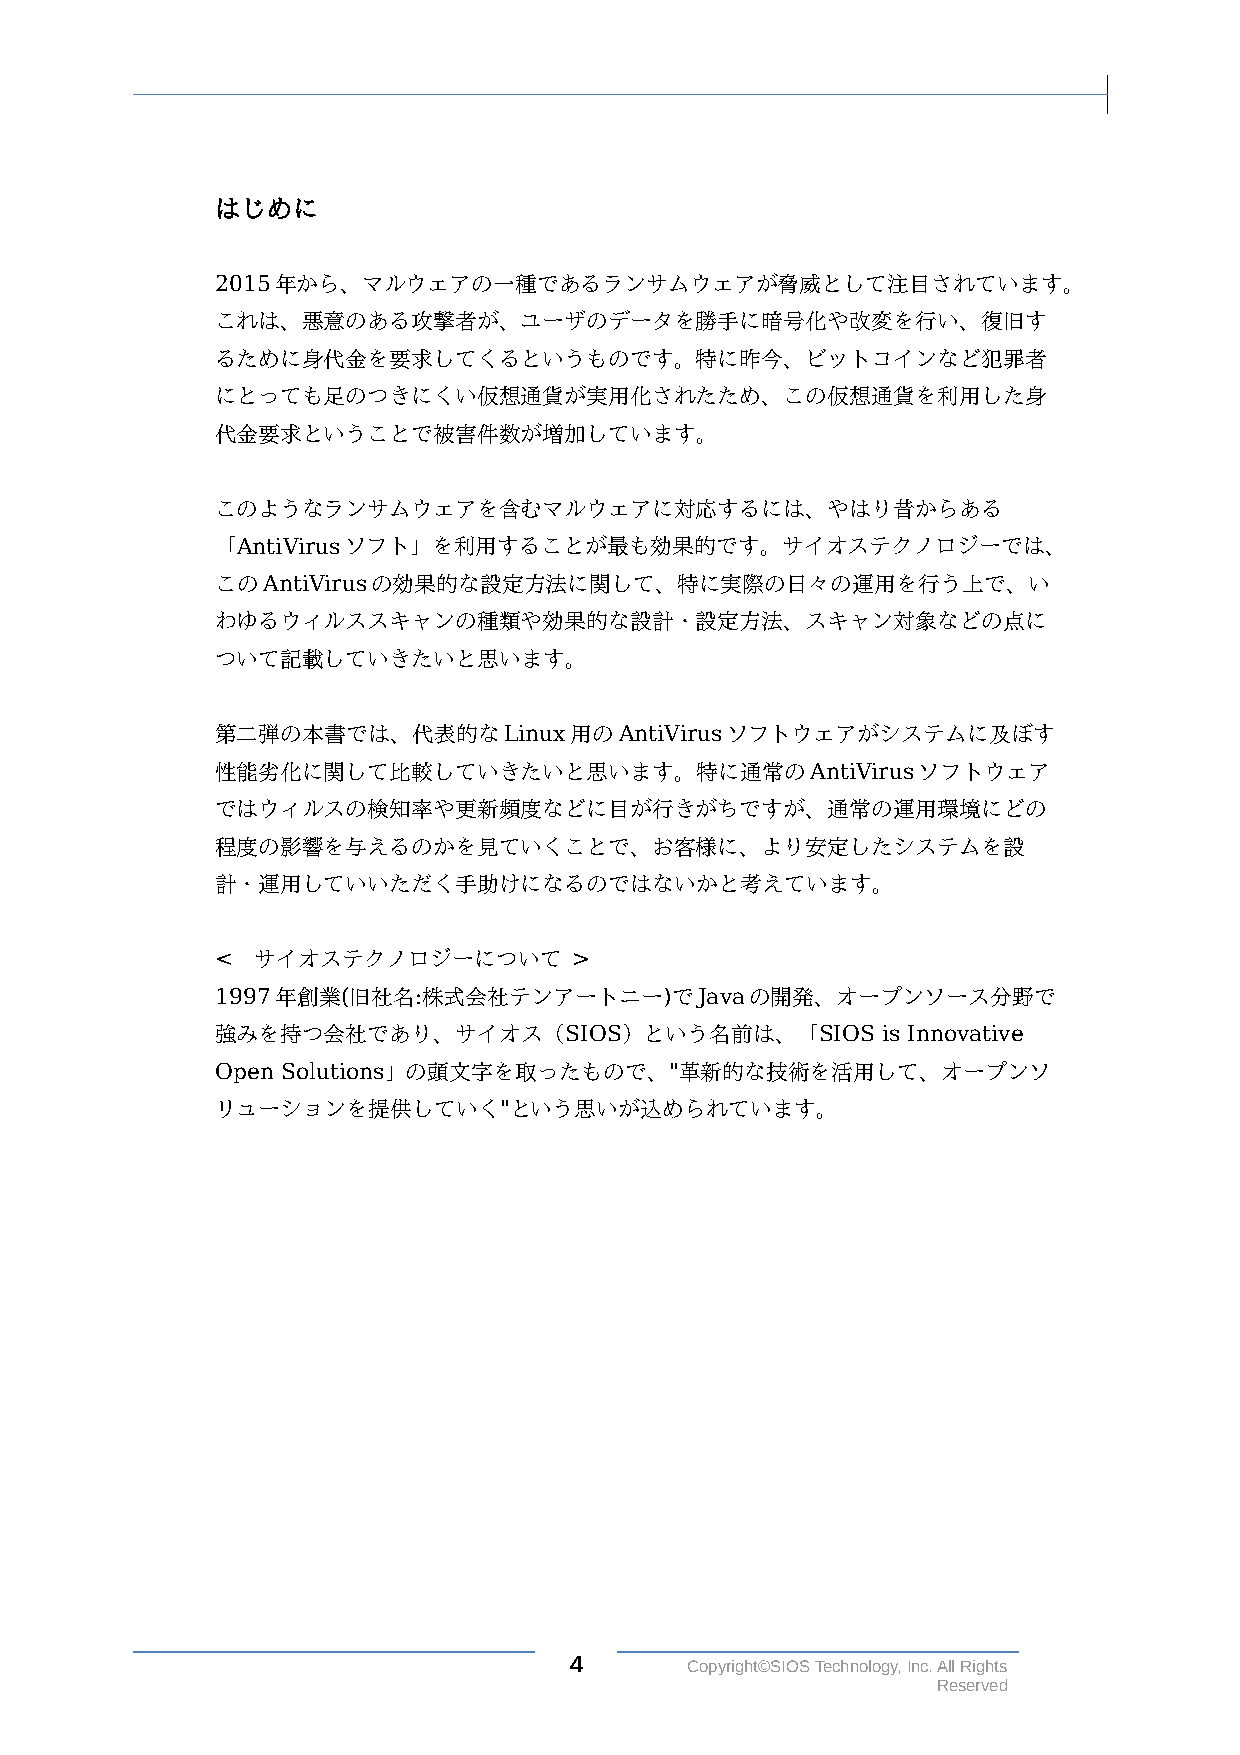
はじめに
 2015年から、マルウェアの一種であるランサムウェアが脅威として注目されています。
 これは、悪意のある攻撃者が、ユーザのデータを勝手に暗号化や改変を行い、復旧す
 るために身代金を要求してくるというものです。特に昨今、ビットコインなど犯罪者
 にとっても足のつきにくい仮想通貨が実用化されたため、この仮想通貨を利用した身
 代金要求ということで被害件数が増加しています。
 このようなランサムウェアを含むマルウェアに対応するには、やはり昔からある
 「AntiVirusソフト」を利用することが最も効果的です。サイオステクノロジーでは、
 このAntiVirusの効果的な設定方法に関して、特に実際の日々の運用を行う上で、い
 わゆるウィルススキャンの種類や効果的な設計・設定方法、スキャン対象などの点に
 ついて記載していきたいと思います。
 第二弾の本書では、代表的なLinux用のAntiVirusソフトウェアがシステムに及ぼす
 性能劣化に関して比較していきたいと思います。特に通常のAntiVirusソフトウェア
 ではウィルスの検知率や更新頻度などに目が行きがちですが、通常の運用環境にどの
 程度の影響を与えるのかを見ていくことで、お客様に、より安定したシステムを設
 計・運用していいただく手助けになるのではないかと考えています。
 <  サイオステクノロジーについて       >
 1997年創業(旧社名:株式会社テンアートニー)でJavaの開発、オープンソース分野で
 強みを持つ会社であり、サイオス（SIOS）という名前は、「SIOS           is Innovative
 Open Solutions」の頭文字を取ったもので、"革新的な技術を活用して、オープンソ
 リューションを提供していく"という思いが込められています。
 4      Copyright©SIOS Technology, Inc. All Rights
 Reserved